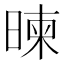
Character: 暕